Vital statistics of India. Vol. IV, Annual returns from 1871 to 1876. British Army of India, Native Army and jails of Bengal
Year: 1871
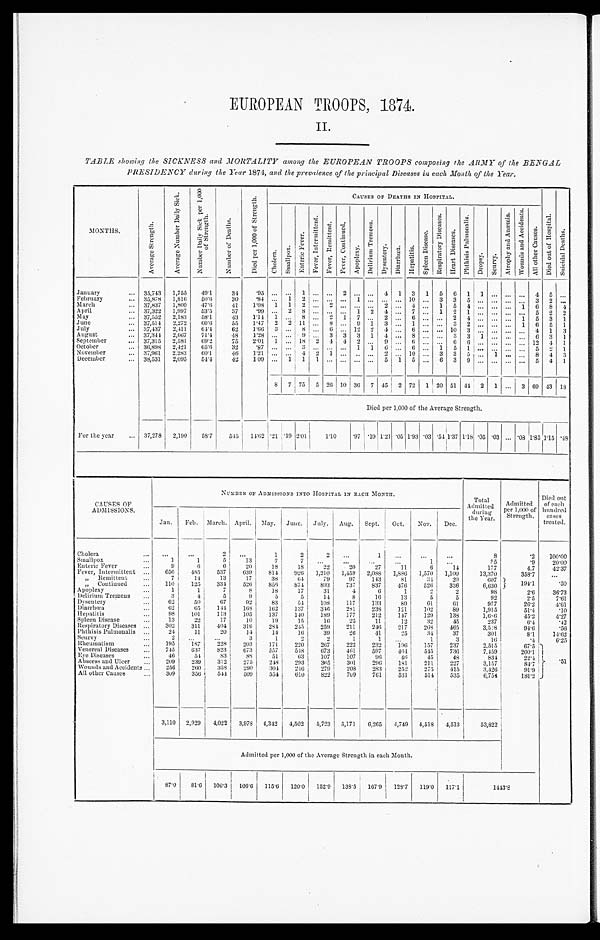
EUROPEAN TROOPS, 1874.
II.
TABLE showing the SICKNESS and MORTALITY among the EUROPEAN TROOPS composing the ARMY of the BENGAL
PRESIDENCY during the Year 1874, and the prevalence of the principal Diseases in each :Vona of the Year.
M o n t h s .
A v e r a g e S t r e n g t h .
A v e r a g e N u m b e r D a i l y S i c k .
N u m b e r D a i l y S i c k p e r 1 , 0 0 0 o f S t r e n g t h .
N u m b e r o f D e a t h s .
D i e d p e r 1 , 0 0 0 o f S t r e n g t h .
C A U S E S O F D E A T H S I N H O S P I T A L .
D i e d o u t o f H o s p i t a l .
S u i c i d a l D e a t h s .
C h o l e r a .
S m a l l p o x .
E n t e r i c F e v e r .
F e v e r , I n t e r m i t t e n t . F e v e r , R e m i t t e n t . F e v e r , C o n t i n u e d .
A p o p l e x y . D e l i r i u m T r e m e n s . D y s e n t e r y . D i a r r h œ a . H e p a t i t i s .
S p l e e n D i s e a s e .
R e s p i r a t o r y D i s e a s e s . H e a r t D i s e a s e s . P h t h i s i s P u l m o n a l i s .
D r o p s y . S c u r v y .
A t r o p h y a n d A n æ m i a . W o u n d s a n d A c c i d e n t s .
A l l o t h e r C a u s e s .
January ... 35,743 1,755 49.1 34
. 9 5
. . . . . . 1
. . . . . . 2 . . . . . . 4 1 3 1 5 6 1 1 ... ... . . . 4 5 . . .
. . . . . . . . . . . . . . . . . . . . . . . . . . .
... ...... . . . . . .
... . . . ...... . . . . . . . . . . . .
February ...
1,816 50.6 30
. 8 4
35,878
2
... 4 ... 1 5 4 . . . ... ... 1 6 8 4
1 1
2
2
March ... 37,837 1,800 47.6 41 1.08
. . .
. . . . . . . . .
53.5 37 .99 . . . 2 8 . . . . . . . . . 1 2 4 ... 7 ... 1 2 1 . . . ... ... . . . 5 2 2
April ... 37,322 1,997
2
2,183 58.1 43
1 . 1 4 1 . . . 8 . . . 2 1 7 . . . 2 . . . 6 ... . . .
4 . . . ... ... 1 5 3 1
M a y . . . 37,552
60.6 55 1.47 2 2 11 . . . 8 . . . 9 1 3 ... 1 ... . . . 3 2 . . . ... ... 1 6 5 1
2,272
June ... 37,514
July ... 37,437 2,411 64.4 62
1 . 6 6 3 . . . 8 . . . 6 . . . 12 2 4 ... 6 ... . . . 10 3 . . . ... ... . . . 4 1 3
9 . . . 3 3 3 1 4 ... 8 ... . . . 3 3 1 ... ... . . . 6 3 1
August ... 37,344 2,667 71.4 48 1.28 . . . . . .
2.01 1 . . . 18 2 4 4 2 . . . 9 ... 6 ... . . . 6 6 . . . ... ... . . . 12 4 1
September ... 37,315 2,581 69.2 75
65.6
3 2 .87 . . . . . . 3 . . . . . . . . . 1 1 6 ... 6 ... 1 5 1 . . . ... ... . . . 5 2 1
October ...
3 6 , 8 9 8 2,421
1 . . . . . . . . . 2 ... 10 ... 3 3 5 . . . 1 ... . . . 8 4 3
November ... 37,961 2.283
6 0 . 1 46 1.21 . . . . . . 4 2
1 1 1 . . . . . . . . . . . . 5 1 5 ... 6 3 9 . . . ... ... . . . 5 4 1
December ... 38,531 2,095 54.4 42 100 . . .
8 7 75 5 26 10 36 7 45 2 72 1 20 51 41 2 1 ... 3 69 43 18
D i e d p e r 1 , 0 0 0 o f t h e A v e r a g e S t r e n g t h .
For the year ... 37,278 2,190 58.7 545 14.62 .21 .19 2.01 1 . 1 0
.97 .19 1 . 2 1 .05 1.93 .03 . 5 4 1 . 3 7 1.18 .05 . 03 ... .08 1 . 8 5 1.15 .48
CAUSES OF
ADMISSIONS.
NUMBER OF ADMISSIONS INTO HOSPITAL IN EACH MONTH.
Total
Admitted duri ng t h e y e a r .
Admitted
par 1,000 of
Strength.
Died out
of each
hundred cases
treated
.
Jan. Feb. March. April. May. June. July. Aug. Sept. Oct. NOV. Dec.
Cholera ...
. . .
. . .
2
. . . 1
2
2
. . . 1
. . .
. . . . . .
8
.2 100.00
35
Smallpox ...
1
1
5 13
7
7
. . . . . .
. . .
. . .
1 . . .
. 9 20.00
9
6
6 20 18
1 8 22 20 27
1 1 6 14
177
4.7 42.37
Enteric Fever ...
656 485 537 639 814 926 1,210 1,459 2,088 1,886 1,570 1,100
13,370
358.7
. . .
Fever Intermittent ...
" Remittent ...
7 14 13
17 38 64 79 97 143 81 34 20
607 1 9 4 . 1
.50
" Continued ... 110 125 334 526 859 874 893 737 837 476 526 336
6,630
Apoplexy ...
1
1
7
8 18 17 31
4
6
1
2
2
98
2. 6 36. 73
Delirium Tremens ...
3
4
5
9
5
5 14 8 16 13
5
5
92
2. 5
7. 61
Dysentery ... 62 50 67 92 83 54 108 117 133 89 61 61
977
26. 2
4. 61
Diarrhœa ...
62 65 144 168 162 137 316 281 238 121 102 89
1,915
51. 4
. 1 0
Hepat i t i s . . .
98 101 113 105 137 140 189 177 212 147 120 138
1 , 6 < i l l e g i b l e > 6
45.2 4. 27
Spleen Disease ...
13 22 17
10 19 15 16 25 11
12 32 45
237
6.4
.42
Respiratory Diseases ... 302 311 404 316 284 245 259 211 246 217 268 465
3 , 5 < i l l e g i b l e > 8
94.6
.56
Phthisis Pulmonalis
24 11 20 14 14 16 39 26 41 25 34 37
301
8.1 14. 62
Scurvy . . .
2
. . . . . .
3 1
2
2
1
1
. . . 1
3
16
.4
6.25
Rheumatism ...
195 187 228 203 171 220 267 222 232 196 157 237
2,515
67.5 . 51
Venereal Diseases ...
745 637 823 673 557 548 673 461 597
4 6 4 545 736
7,459
200. 1
Eye Diseases ...
46 54 83 88 51 63 107 107 96 46 45 48
834
22.4
Abscess and Ulcer ...
209 239 312 275 248 293 365 301 296 181 2 1 1
227
3,157
84.7
Wounds and Accidents ... 256 260 358 290 304 246 279 208 283 252 275 415
3,426
91.9
All other Causes ...
309 356 544 509 554 610 822 709 761 531 514 535
6 , 7 5 4
181.2
3,110 2,929 4,022 3,978 4,342 4,502 5,723 5,171 6,265 4,749 4,518 4,513
53,822
Admitted per 1,000 of the Average Strength in each Month.
87.0 81.6 106.3 1 0 6 . 6
115.6 120.0 1 5 2 . 9
138.5 167.9
1 2 8 . 7
119.0
1 1 7 . 1
1443.8